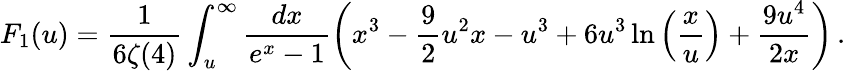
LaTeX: F_{1}(u)=\frac{1}{6\zeta(4)}\int_{u}^{\infty}\frac{dx}{e^{x}-1}\left(x^{3}-\frac{9}{2}u^{2}x-u^{3}+6u^{3}\ln\left(\frac{x}{u}\right)+\frac{9u^{4}}{2x}\right)\, .